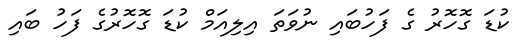
ކުޑަ ގޮހޮރު ގެ ފަހުބައި ނުވަތަ އިލިއަމް ކުޑަ ގޮހޮރުގެ ފަހު ބައި